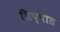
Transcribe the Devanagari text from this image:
शिप्घात